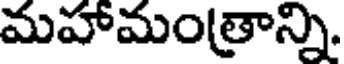
మహామంత్రాన్ని.